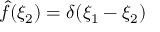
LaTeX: { \widehat { f } } ( \xi _ { 2 } ) = \delta ( \xi _ { 1 } - \xi _ { 2 } )